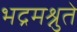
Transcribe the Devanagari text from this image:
भद्रमश्नुते